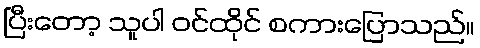
ပြီးတော့ သူပါ ဝင်ထိုင် စကားပြောသည်။